Report of the Municipal Commissioner on the plague in Bombay for the year ending 31st May... - Volume 3
Disease focus: Plague
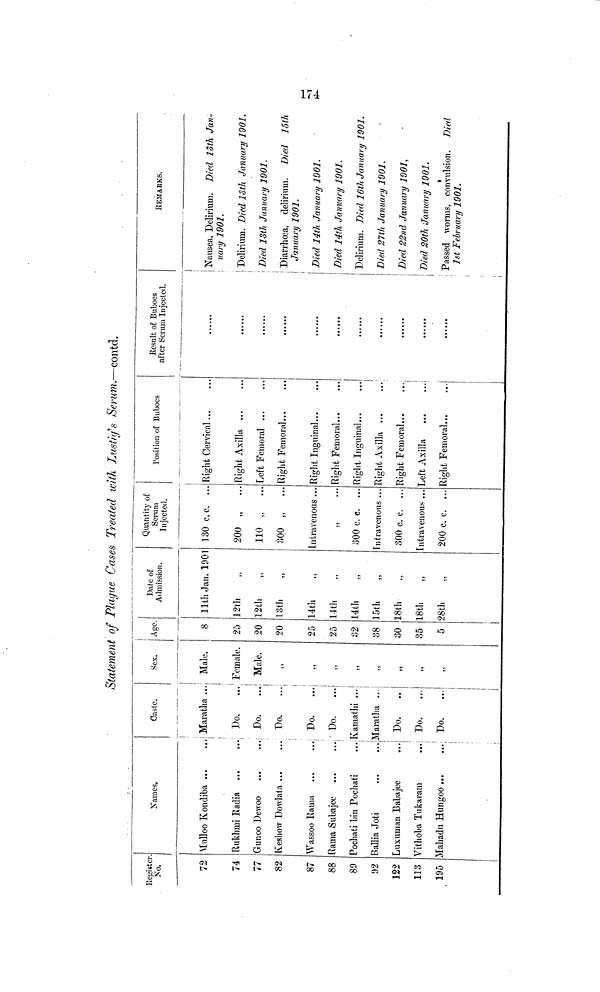
Register
No.
72
74
77
82
87
88
89
92
122
113
195
Names.
Mulloo Kondiba ...
Rukhmi Radia
Gunoo Dewoo
Keshow Dowlata ...
Wassoo Rama
Rama Subajee
Pochati bin Pochati
Ballia Joti
Luxuman Babajee
Vithoba Tukaram
Mahadu Hungoo
Statement of Plague Cases Treated with Lustig's Serum.—contd.
Caste.
Maratha ...
Do,
Do.
Do.
Do.
' Do.
Kamathi ...
Maratha ...
Do.
Do.
Do.
Sex.
Male.
Female.
Male.
Age.
8
25
20
20
25
25
32
38
30
35
5
Date of
Admission.
11th Jan. 1901
12th
12th
13th
14th
14th
14th
15th
18th
18th
28th
Quantity of
Serum
Injected.
130 c.c. ...
200 „
...
110 „
...
300 „
...
Intravenous ...
300 c.c. ...
Intravenous ...
300 c.c. ...
Intravenous ...
200 c.c. ...
Position of Buboes
Flight Cervical...
Right Axilla
Left Femoral ...
Right Femoral
Right Inguinal...
Right Femoral
Right Inguinal...
Right Axilla
Right Femoral...
Left Axilla
Right Femoral.
Result of Buboes
after Serum Injected.
REMARKS.
Nausea, Delirium. Died 13th Jan-
uary 1901.
Delirium. Died loth January 1901.
Died 13th January 1901.
Diarrhoea, delirium. Died 15th
January 1901.
Died 14th January 1901.
Died 14th January 1901.
Delirium. Died 16th January 1901.
Died 21th January 1901.
Died 22nd January 1901,
Died 20th January 1901.
Passed worms, convulsion. Died
1st February 1901.
174